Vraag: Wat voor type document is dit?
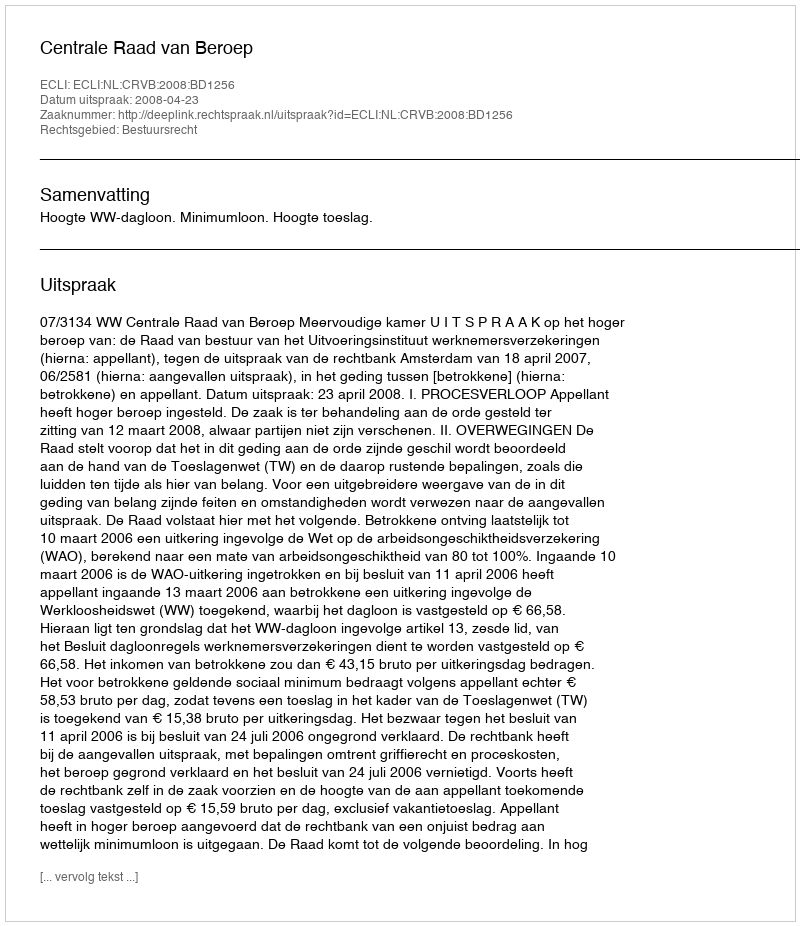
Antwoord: Uitspraak